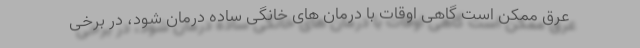
عرق ممکن است گاهی اوقات با درمان های خانگی ساده درمان شود، در برخی